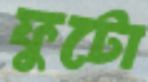
ফুটো